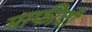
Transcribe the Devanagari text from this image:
माफीची